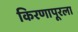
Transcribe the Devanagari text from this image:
किरणापूरला